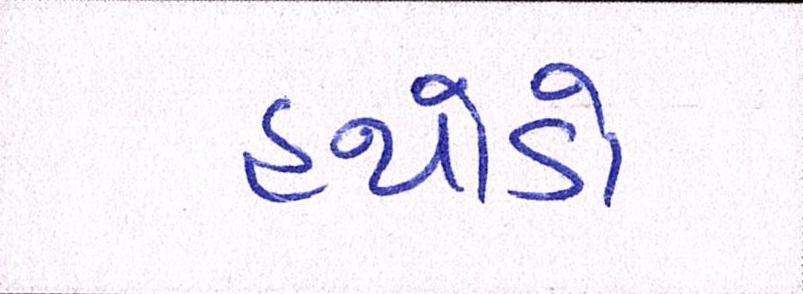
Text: હથોડો